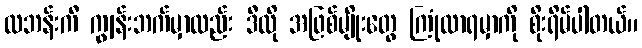
လဘန်းကီ ကျွန်းဘက်မှာလည်း ဒီလို အဖြစ်မျိုးတွေ ကြုံလာရမှာကို စိုးရိမ်ပါတယ်။